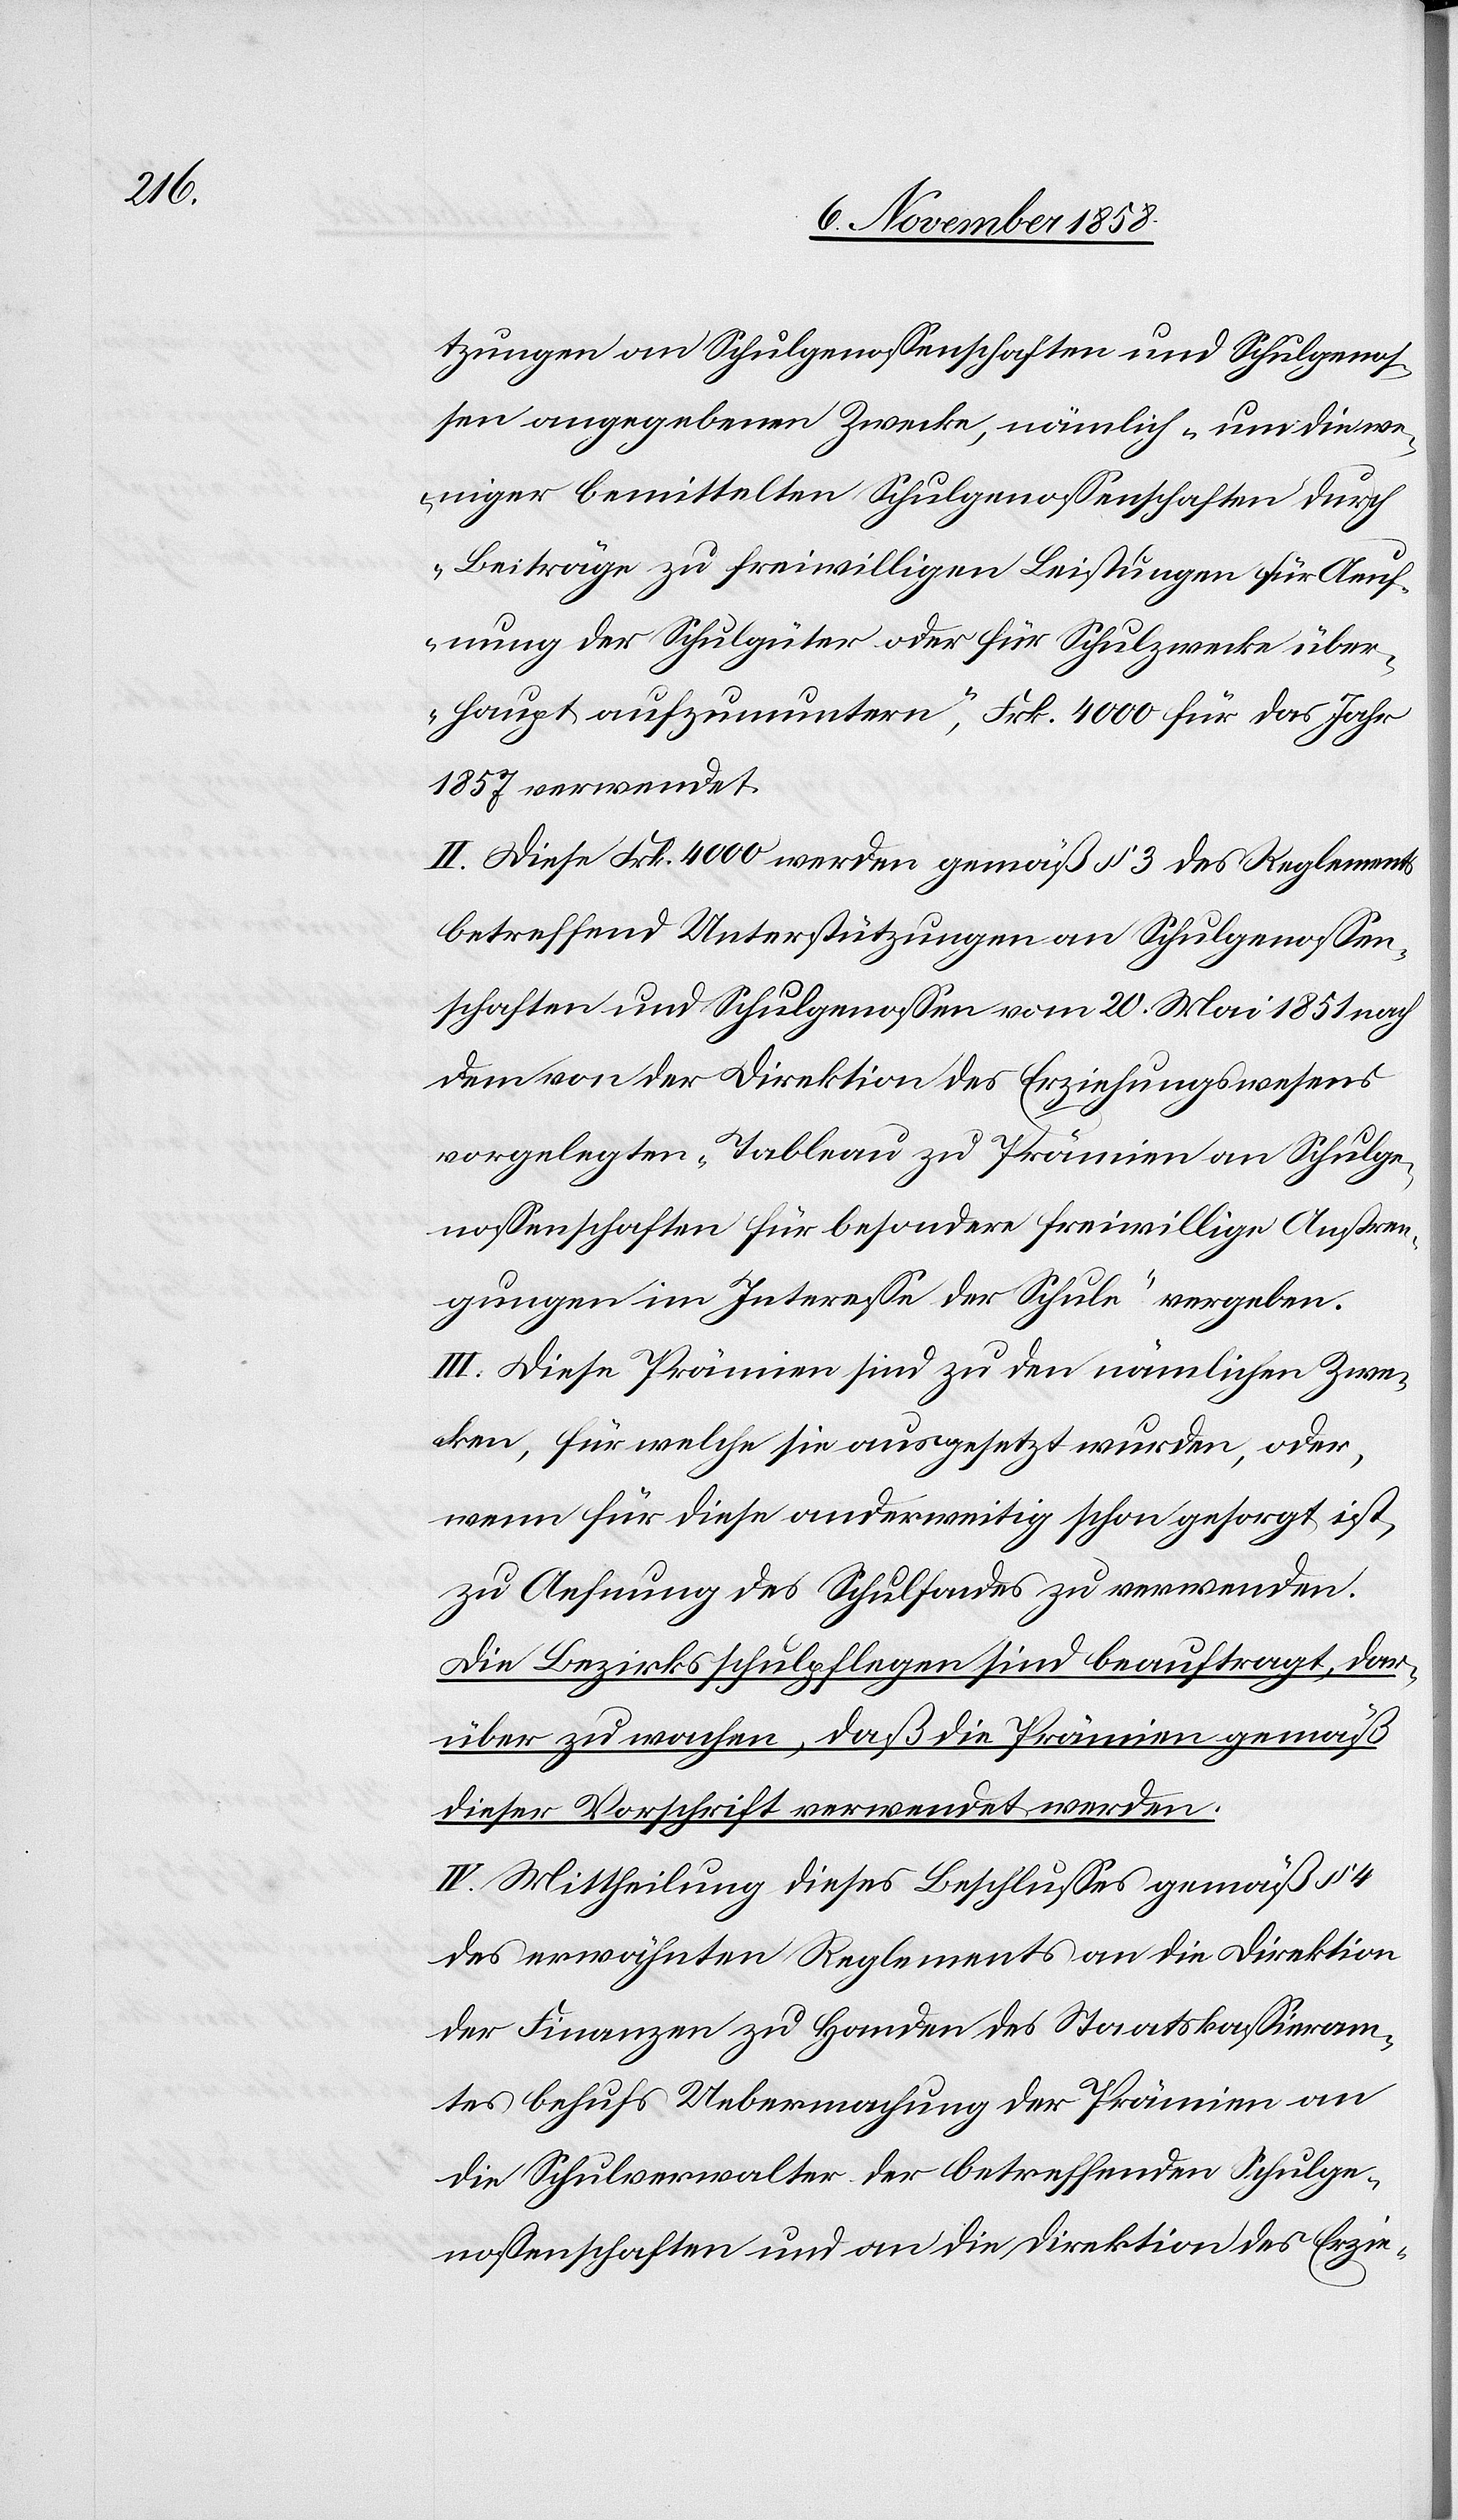
tzungen an Schulgenossenschaften und Schulgenos¬
sen angegebenen Zwecke, nämlich „um die we¬
niger bemittelten Schulgenossenschaften durch
Beiträge zu freiwilligen Leistungen für Aeuf¬
nung der Schulgüter oder für Schulzwecke über¬
haupt aufzumuntern“, Frk. 4000 für das Jahr
1857 verwendet.
II. Diese Frk. 4000 werden gemäß § 3 des Reglements
betreffend Unterstützungen an Schulgenossen¬
schaften und Schulgenossen vom 20 Mai 1851 nach
dem von der Direktion des Erziehungswesens
vorgelegten „Tableau zu Prämien an Schulge¬
nossenschaften für besondere freiwillige Anstren¬
gungen im Interesse der Schule“ vergeben.
III. Diese Prämien sind zu den nämlichen Zwe¬
cken, für welche sie ausgesetzt wurden, oder,
wenn für diese anderweitig schon gesorgt ist,
zu Ae[u]fnung des Schulfondes zu verwenden.
Die Bezirksschulpflegen sind beauftragt, dar¬
über zu wachen, daß die Prämien gemäß
dieser Vorschrift verwendet werden.
IV. Mittheilung dieses Beschlusses gemäß § 4
des erwähnten Reglements an die Direktion
der Finanzen zu Handen des Staatskassieram¬
tes behufs Uebermachung der Prämien an
die Schulverwalter der betreffenden Schulge¬
nossenschaften und an die Direktion des Erzie-